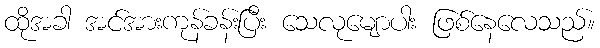
ထိုအခါ အင်အားကုန်ခန်းပြီး သေလုမျောပါး ဖြစ်နေလေသည်။